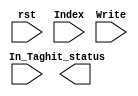
`timescale 1ns / 1ps

module LEGv8_Cache_Set(
    input        rst,
    input [4:0]  Index,
    input [56:0] In_Tag,
    input        Write,

    output reg hit_status
    );

    // Internal variables
    reg valid;
    reg [56:0] tag;

    // Cache Memory; 16 lines of 58 bits
    // (Block contents excluded for simulation)
    reg [57:0] C_Mem[0:15];

    always @(*)
        begin
            valid = C_Mem[Index][57];
            tag = C_Mem[Index][56:0];
            case(valid)
            1'bx:
                hit_status <= 1'b0;
            1'b0:
                hit_status <= 1'b0;
            1'b1:
                begin
                    if (tag == In_Tag)
                        hit_status <= 1'b1;
                    else
                        hit_status <= 1'b0;
                end
            endcase

            if (Write === 1'b1)
                begin
                    C_Mem[Index][57] = 1'b1;
                    C_Mem[Index][56:0] = In_Tag;
                end
        end

endmodule